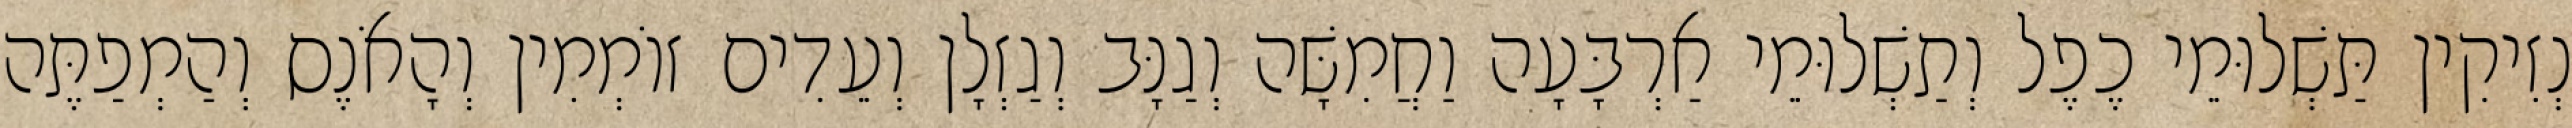
נְזִיקִין תַּשְׁלוּמֵי כֶפֶל וְתַשְׁלוּמֵי אַרְבָּעָה וַחֲמִשָּׁה וְגַנָּב וְגַזְלָן וְעֵדִים זוֹמְמִין וְהָאֹנֶס וְהַמְפַתֶּה